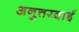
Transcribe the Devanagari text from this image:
अनुत्तरदाई